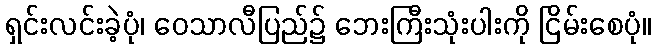
ရှင်းလင်းခဲ့ပုံ၊ ဝေသာလီပြည်၌ ဘေးကြီးသုံးပါးကို ငြိမ်းစေပုံ။